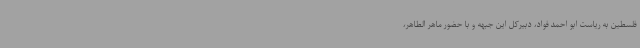
فلسطین به ریاست ابو احمد فواد، دبیرکل این جبهه و با حضور ماهر الطاهر،